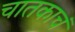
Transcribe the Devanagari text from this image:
चातकाचं